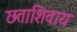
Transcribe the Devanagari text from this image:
छताशिवाय